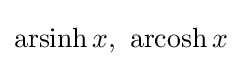
\operatorname {arsinh} x,\ \operatorname {arcosh} x